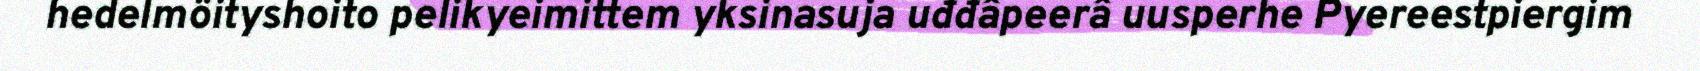
hedelmöityshoito pelikyeimittem yksinasuja uđđâpeerâ uusperhe Pyereestpiergim